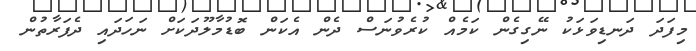
މިފަދަ ދަނޑިވަޅަކު ނޭގިގެން ކަމެއް ކުރެވުނަސް ދެން އެކަން ބޮޑުމާލޫދަކަށް ނަހަދައި ދެފަރާތުން